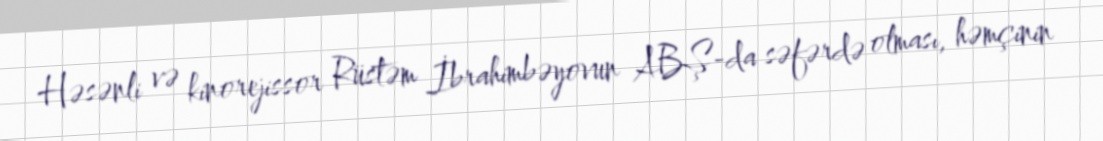
Həsənli və kinorejissor Rüstəm İbrahimbəyovun ABŞ-da səfərdə olması, həmçinin